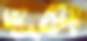
দুটো